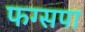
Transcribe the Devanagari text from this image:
फग्सपा